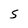
Character: S